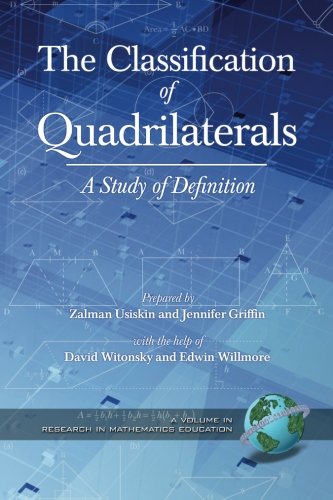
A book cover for The Classification of Quadrilaterals: A Study in Definition (Research in Mathematics Education); Zalman Usiskin; Science & Math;